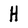
Character: H